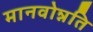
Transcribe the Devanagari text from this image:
मानवोन्नति